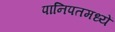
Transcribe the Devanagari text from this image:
पानिपतमध्यें